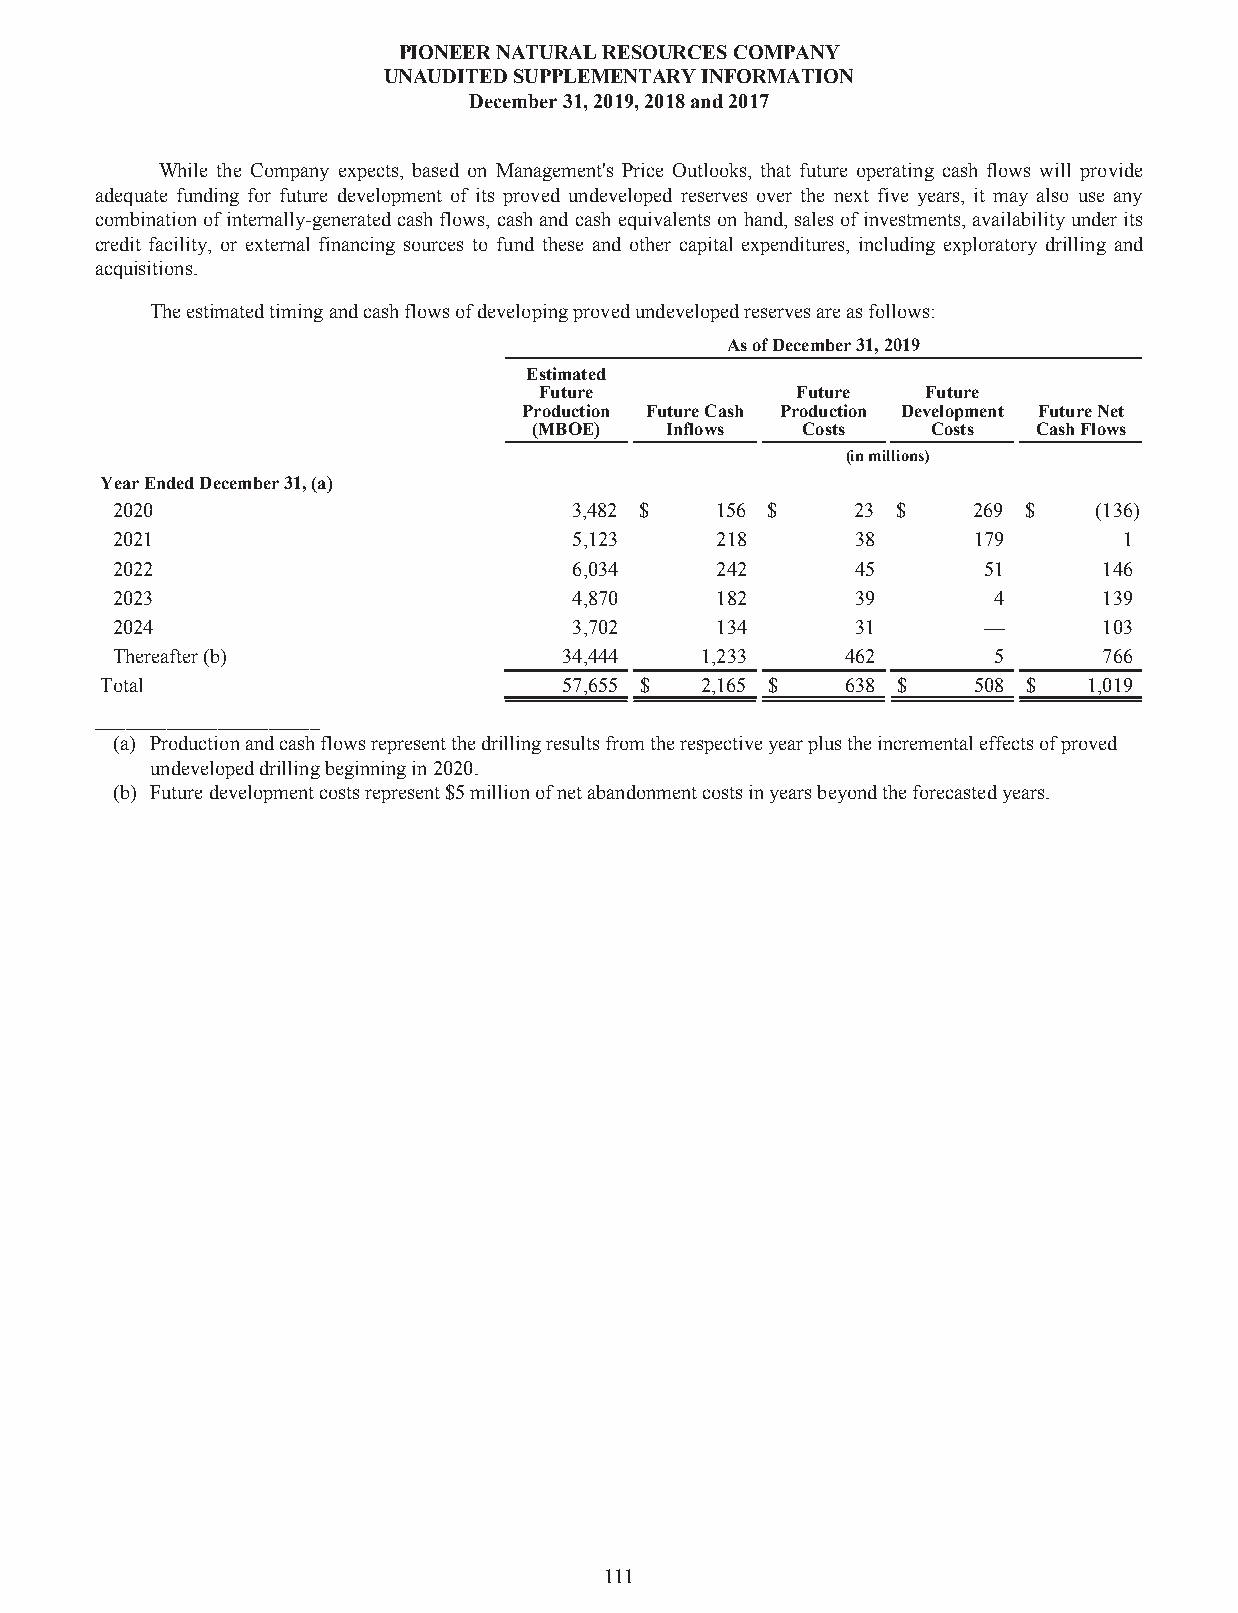
PIONEERNATURALRESOURCESCOMPANY
 UNAUDITEDSUPPLEMENTARYINFORMATION
 December31,2019,2018and2017
 While the Company expects, based on Management's Price Outlooks, that future operating cash flows will provide
 adequate funding for future development of its proved undeveloped reserves over the next five years, it may also use any
 combinationof internally-generatedcash flows, cash and cash equivalentson hand, sales of investments,availabilityunder its
 credit facility, or external financing sources to fund these and other capital expenditures, including exploratory drilling and
 acquisitions.
 Theestimatedtimingandcashflowsofdevelopingprovedundevelopedreservesareasfollows:
 AsofDecember31,2019
 Estimated
 Future           Future  Future
 Production FutureCash Production Development FutureNet
 (MBOE)   Inflows  Costs    Costs  CashFlows
 (inmillions)
 YearEndedDecember31,(a)
 2020                           3,482 $  156 $     23 $   269 $    (136)
 2021                           5,123    218       38     179       1
 2022                           6,034    242       45      51      146
 2023                           4,870    182       39       4      139
 2024                           3,702    134       31      —       103
 Thereafter(b)                 34,444   1,233     462       5      766
 Total                         57,655 $ 2,165 $   638 $   508 $   1,019
 ______________________
 (a) Productionandcashflowsrepresentthedrillingresultsfromtherespectiveyearplustheincrementaleffectsofproved
 undevelopeddrillingbeginningin2020.
 (b) Futuredevelopmentcostsrepresent$5millionofnetabandonmentcostsinyearsbeyondtheforecastedyears.
 111